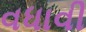
વધાવી